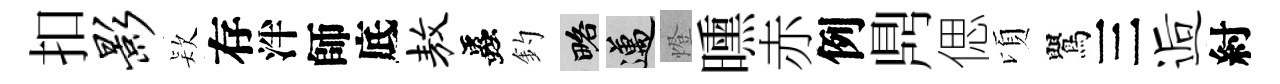
扣影𣣇存泮師底敖蟲釣略邁燈曛赤例𪔂偲頃鸎三逅紂